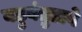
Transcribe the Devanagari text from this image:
बहुबंतुडावे